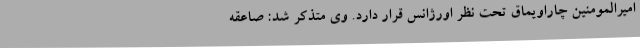
امیرالمومنین چاراویماق تحت نظر اورژانس قرار دارد. وی متذکر شد: صاعقه